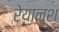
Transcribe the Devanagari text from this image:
रेयान्श